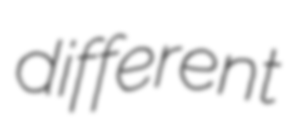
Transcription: different